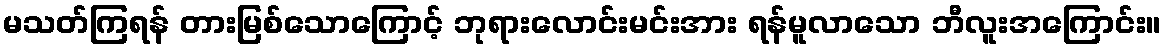
မသတ်ကြရန် တားမြစ်သောကြောင့် ဘုရားလောင်းမင်းအား ရန်မူလာသော ဘီလူးအကြောင်း။